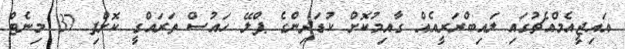
އައިޖީއެމްއެޗުގައި ލައިބްރަރީއެއް ގާއިމުކޮށް ކުޑަދިންގެ ޕްލޭ ހައުސް ތަރައްގީ ކޮށްފި 37 މިނެޓް